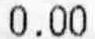
0.00